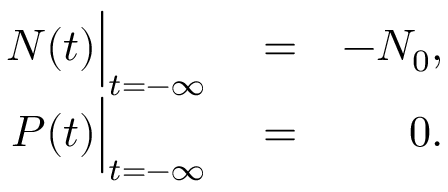
\begin{array} { r l r } { N ( t ) \Big | _ { t = - \infty } } & { { } = } & { - N _ { 0 } , } \\ { P ( t ) \Big | _ { t = - \infty } } & { { } = } & { 0 . } \end{array}